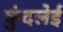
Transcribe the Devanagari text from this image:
कुंदलेई